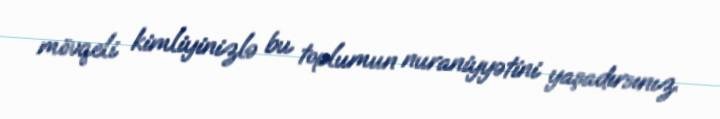
mövqeli kimliyinizlə bu toplumun nuraniyyətini yaşadırsınız.